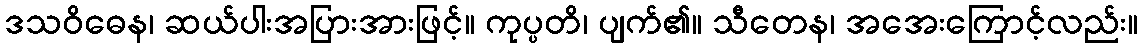
ဒသဝိဓေန၊ ဆယ်ပါးအပြားအားဖြင့်။ ကုပ္ပတိ၊ ပျက်၏။ သီတေန၊ အအေးကြောင့်လည်း။